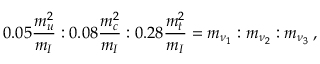
0 . 0 5 { \frac { m _ { u } ^ { 2 } } { m _ { I } } } : 0 . 0 8 { \frac { m _ { c } ^ { 2 } } { m _ { I } } } : 0 . 2 8 { \frac { m _ { t } ^ { 2 } } { m _ { I } } } = m _ { \nu _ { 1 } } : m _ { \nu _ { 2 } } : m _ { \nu _ { 3 } } \, ,